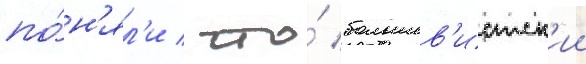
по́н'ял'и / что́ большев'истск'ии